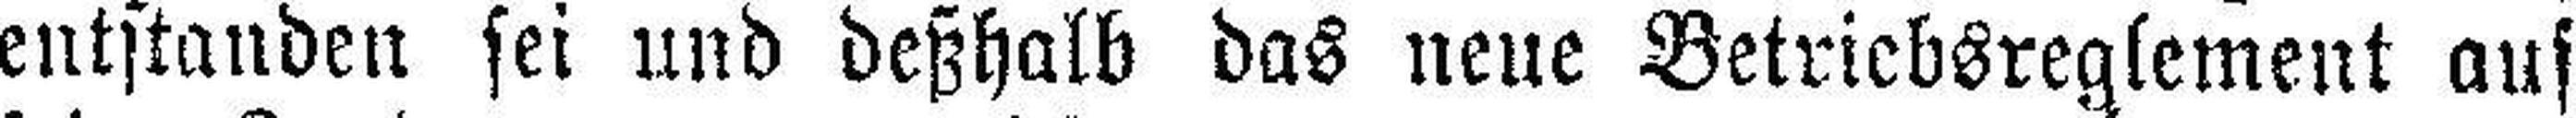
entstanden sei und deßhalb das neue Betriebsreglement auf